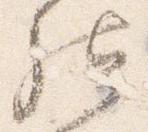
然